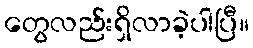
တွေလည်းရှိလာခဲ့ပါပြီ။